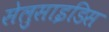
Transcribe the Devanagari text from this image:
सेलुसाइडिस